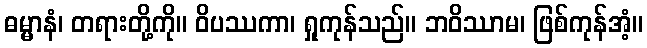
ဓမ္မာနံ၊ တရားတို့ကို။ ဝိပဿကာ၊ ရှုကုန်သည်။ ဘဝိဿာမ၊ ဖြစ်ကုန်အံ့။